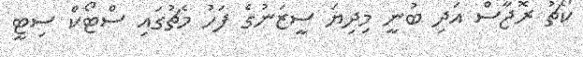
ކޯޗު ރޮޖާސް އަދި ބުނީ މިދިޔަ ސީޒަނުގެ ފަހު މެޗުގައި ސްޓޯކް ސިޓީ